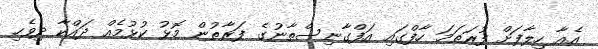
އެއާ ހިލާފަށް ފުރަތަަމަ ހާފްގައި އަފްގާނިސްތާނުގެ ފަރާތުން މޮޅު ކުޅުމެއް ދައްކާ ދިވެހި